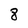
Character: 8